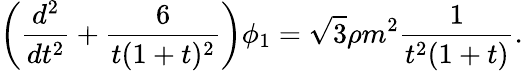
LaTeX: \left(\frac{d^{2}}{dt^{2}}+\frac{6}{t(1+t)^{2}}\right)\phi_{1}=\sqrt{3}\rho m^{2}\frac{1}{t^{2}(1+t)}.